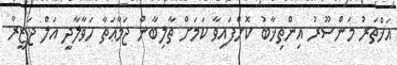
އަޚްތަރު މަންސޫރު އިންތިޚާބު ކޮށްފައިވާ ކަމަށް ތާލިބާން ޖަމާޢަތާ ހަވާލާދީ އަލް ޖަޒީރާ